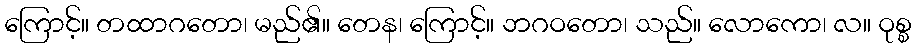
ကြောင့်။ တထာဂတော၊ မည်၏။ တေန၊ ကြောင့်။ ဘဂဝတော၊ သည်။ လောကော၊ လ။ ဝုစ္စ